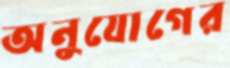
অনুযোগের